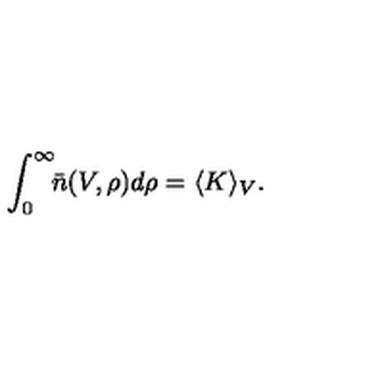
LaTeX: \int _ { 0 } ^ { \infty } \! \! \bar { n } ( V , \rho ) d \rho = \langle K \rangle _ { V } .